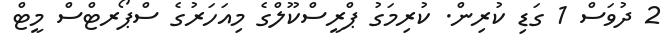
2 ދުވަސް 1 ގަޑި ކުރިން. ކުރިމަގު ޕްރީސްކޫލްގެ މިއަހަރުގެ ސްޕޯރޓްސް މީޓް